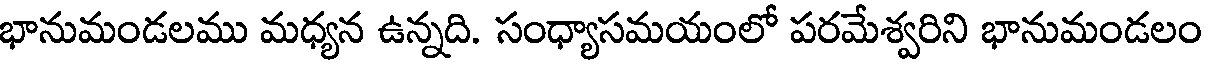
భానుమండలము మధ్యన ఉన్నది. సంధ్యాసమయంలో పరమేశ్వరిని భానుమండలం